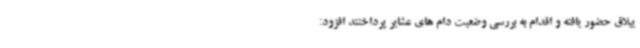
ییلاق حضور یافته و اقدام به بررسی وضعیت دام های عشایر پرداختند افزود: